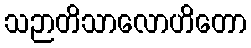
သဉာတိသာလောဟိတော